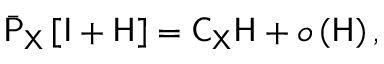
\begin{array} { r } { \bar { \mathsf { P } } _ { \mathsf { X } } \left[ \mathsf { I } + \mathsf { H } \right] = \mathsf { C } _ { \mathsf { X } } \mathsf { H } + o \left( \mathsf { H } \right) , } \end{array}